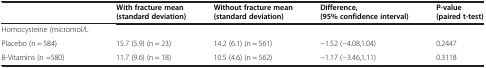
<table><thead><tr><td><b> </b></td><td><b>With fracture mean (standard deviation)</b></td><td><b>Without fracture mean (standard deviation)</b></td><td><b>Difference, (95% confidence interval)</b></td><td><b>P-value (paired t-test)</b></td></tr></thead><tbody><tr><td>Homocysteine (micromol/L</td><td> </td><td> </td><td> </td><td> </td></tr><tr><td>Placebo (n = 584)</td><td>15.7 (5.9) (n = 23)</td><td>14.2 (6.1) (n = 561)</td><td>−1.52 (−4.08,1.04)</td><td>0.2447</td></tr><tr><td>B-Vitamins (n =580)</td><td>11.7 (9.6) (n = 18)</td><td>10.5 (4.6) (n = 562)</td><td>−1.17 (−3.46,1.11)</td><td>0.3118</td></tr></tbody></table>